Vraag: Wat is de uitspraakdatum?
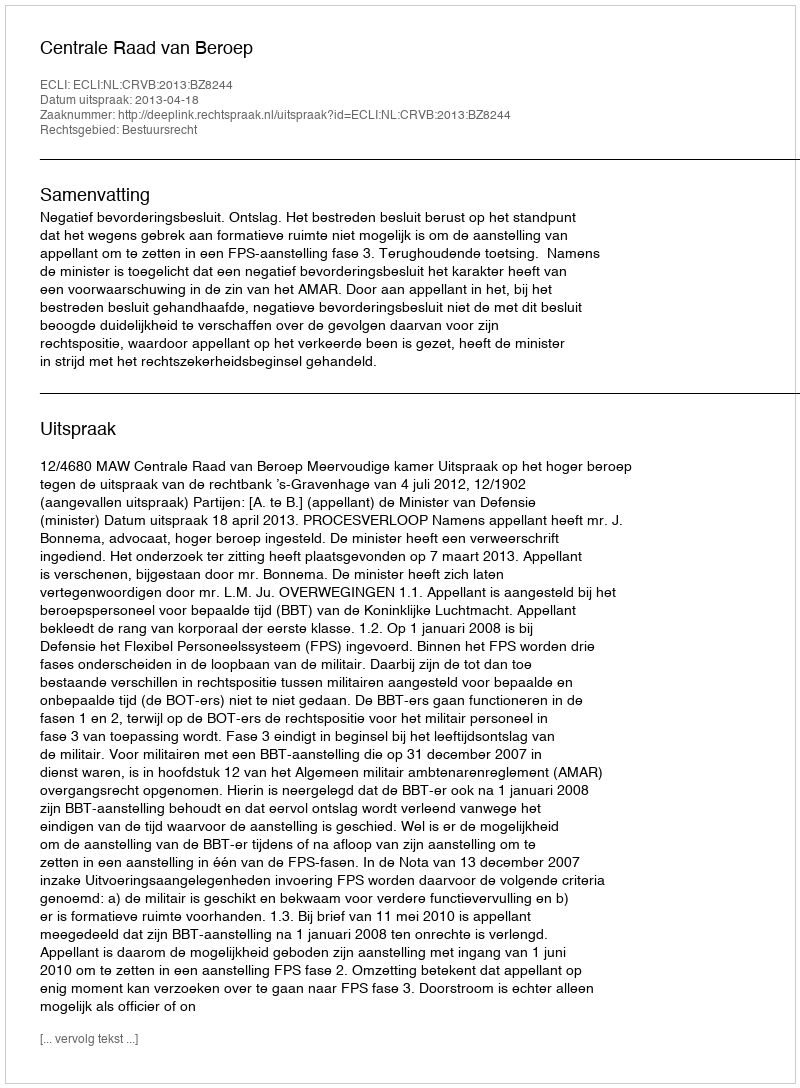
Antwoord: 2013-04-18